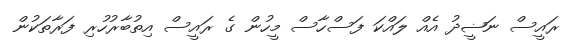
ރައީސް ނަޟީދު އެއް ލައްކަ ފަސްހާސް މީހުން ގެ ރައީސް އިތުބާރުހުރި ފަރާތަކުން